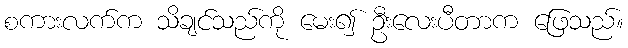
စကားလက်က သိချင်သည်ကို မေး၍ ဦးလေးပီတာက ဖြေသည်။